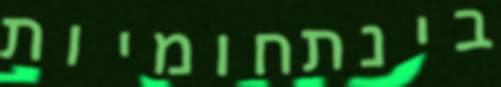
בינתחומיות